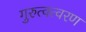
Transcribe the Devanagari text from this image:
गुरुत्वत्वरण